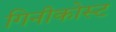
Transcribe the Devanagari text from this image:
गिनीकोस्ट